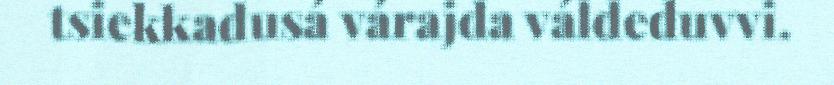
tsiekkadusá várajda váldeduvvi.